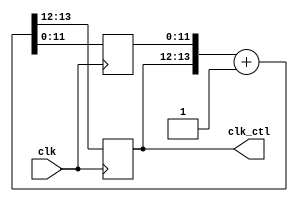
module freq_control(clk,
                    clk_ctl
);

input clk;
output [1:0] clk_ctl;

reg [1:0] clk_ctl;
reg [11:0] cnt_l;
reg [13:0] cnt_temp;

always @ (*) begin
    cnt_temp = {clk_ctl, cnt_l} + 1'b1;
end

always @ (posedge clk) begin
    {clk_ctl, cnt_l} <= cnt_temp;
end

endmodule